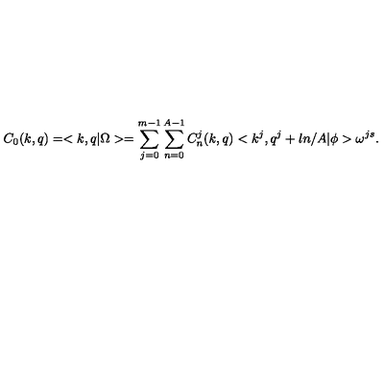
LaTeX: C _ { 0 } ( k , q ) = < k , q | \Omega > = \sum _ { j = 0 } ^ { m - 1 } \sum _ { n = 0 } ^ { A - 1 } C _ { n } ^ { j } ( k , q ) < k ^ { j } , q ^ { j } + l n / A | \phi > \omega ^ { j s } .